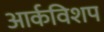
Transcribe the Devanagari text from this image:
आर्कविशप